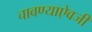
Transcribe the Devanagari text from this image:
चावण्याऐवजी